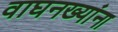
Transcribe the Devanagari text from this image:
वाघनख्यांना